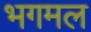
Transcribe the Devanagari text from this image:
भगमल